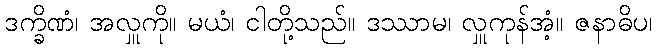
ဒက္ခိဏံ၊ အလှူကို။ မယံ၊ ငါတို့သည်။ ဒဿာမ၊ လှူကုန်အံ့။ ဇနာဓိပ၊